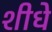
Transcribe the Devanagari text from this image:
शीधे